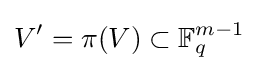
V'=\pi (V)\subset \mathbb {F} _{q}^{m-1}